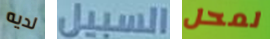
لديه السبيل لمحل